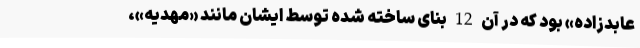
عابدزاده» بود که در آن 12 بنای ساخته شده توسط ایشان مانند «مهدیه»،